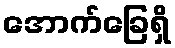
အောက်ခြေရှိ